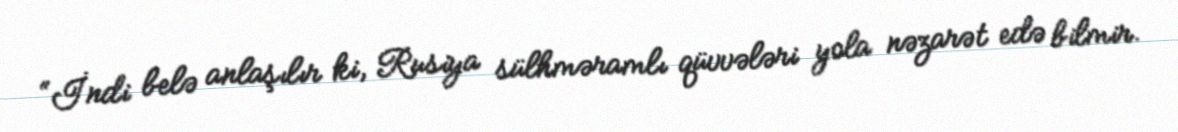
“İndi belə anlaşılır ki, Rusiya sülhməramlı qüvvələri yola nəzarət edə bilmir.